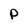
Character: P